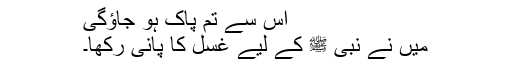
اس سے تم پاک ہو جاؤگی
میں نے نبی ﷺ کے لیے غسل کا پانی رکھا۔